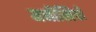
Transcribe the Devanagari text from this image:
मनीखियों